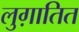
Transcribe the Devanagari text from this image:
लुग़ातित